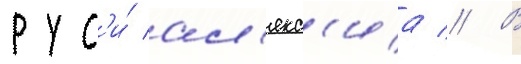
рус'и́ ал'екс'иа // В